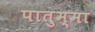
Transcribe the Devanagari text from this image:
पातुम्मा